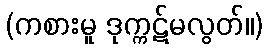
(ကစားမူ ဒုက္ကဋ်မလွတ်။)